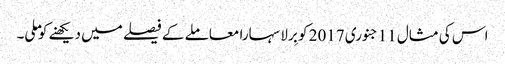
اس کی مثال 11جنوری 2017 کو بِرلا سہارا معاملے کے فیصلے میں دیکھنے کو ملی۔